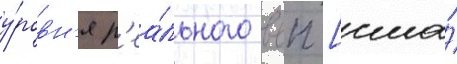
у́ровн'я р'еа́льного ввп [сша́